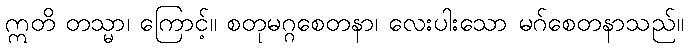
ဣတိ တသ္မာ၊ ကြောင့်။ စတုမဂ္ဂစေတနာ၊ လေးပါးသော မဂ်စေတနာသည်။